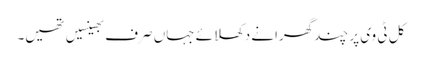
کل ٹی وی پر چند گھرانے دکھلائے جہاں صرف بھینسیں تھیں۔